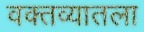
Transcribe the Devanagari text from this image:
वक्तव्यातला